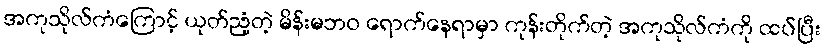
အကုသိုလ်ကံကြောင့် ယုတ်ညံ့တဲ့ မိန်းမဘဝ ရောက်နေရာမှာ ကုန်းတိုက်တဲ့ အကုသိုလ်ကံကို ထပ်ပြီး